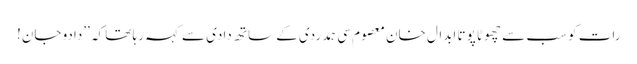
رات کو سب سے چھوٹا پوتا ابدال خان معصوم سی ہمدردی کے ساتھ دادی سے کہہ رہا تھا کہ ’’دادو جان!